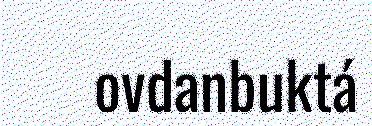
ovdanbuktá